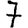
Digit: 7